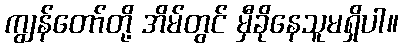
ကျွန်တော်တို့ အိမ်တွင် မှီခိုနေသူမရှိပါ။